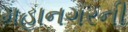
મહાનગરની